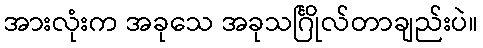
အားလုံးက အခုသေ အခုသင်္ဂြိုလ်တာချည်းပဲ။